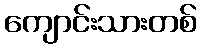
ကျောင်းသားတစ်